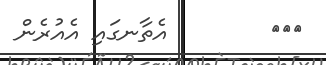
١٠٠        އެތާނގައި އެއުރެން